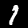
Label: 1